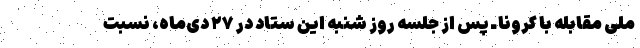
ملی مقابله با کرونا ـ پس از جلسه روز شنبه این ستاد در ۲۷ دی‌ماه، نسبت